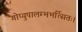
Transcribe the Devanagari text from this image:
गोप्युपालम्भभर्त्सितः।